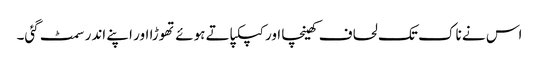
اس نے ناک تک لحاف کھینچا اور کپکپاتے ہوئے تھوڑا اور اپنے اندر سمٹ گئی۔